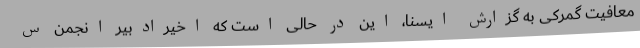
معافیت گمرکی به گزارش ایسنا، این در حالی است که اخیرادبیر انجمن س